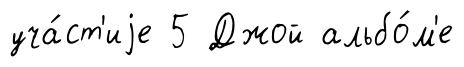
уча́ст'иjе 5 Джой альбо́м'е